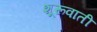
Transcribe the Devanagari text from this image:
शूरूवाती